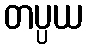
တပ္ပယ